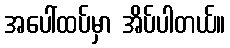
အပေါ်ထပ်မှာ အိပ်ပါတယ်။